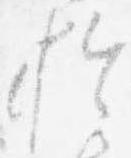
於